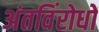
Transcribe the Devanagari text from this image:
अंतविंरोधों